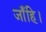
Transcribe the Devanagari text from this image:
जाँहि।